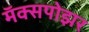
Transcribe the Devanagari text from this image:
मॅक्सपोझर